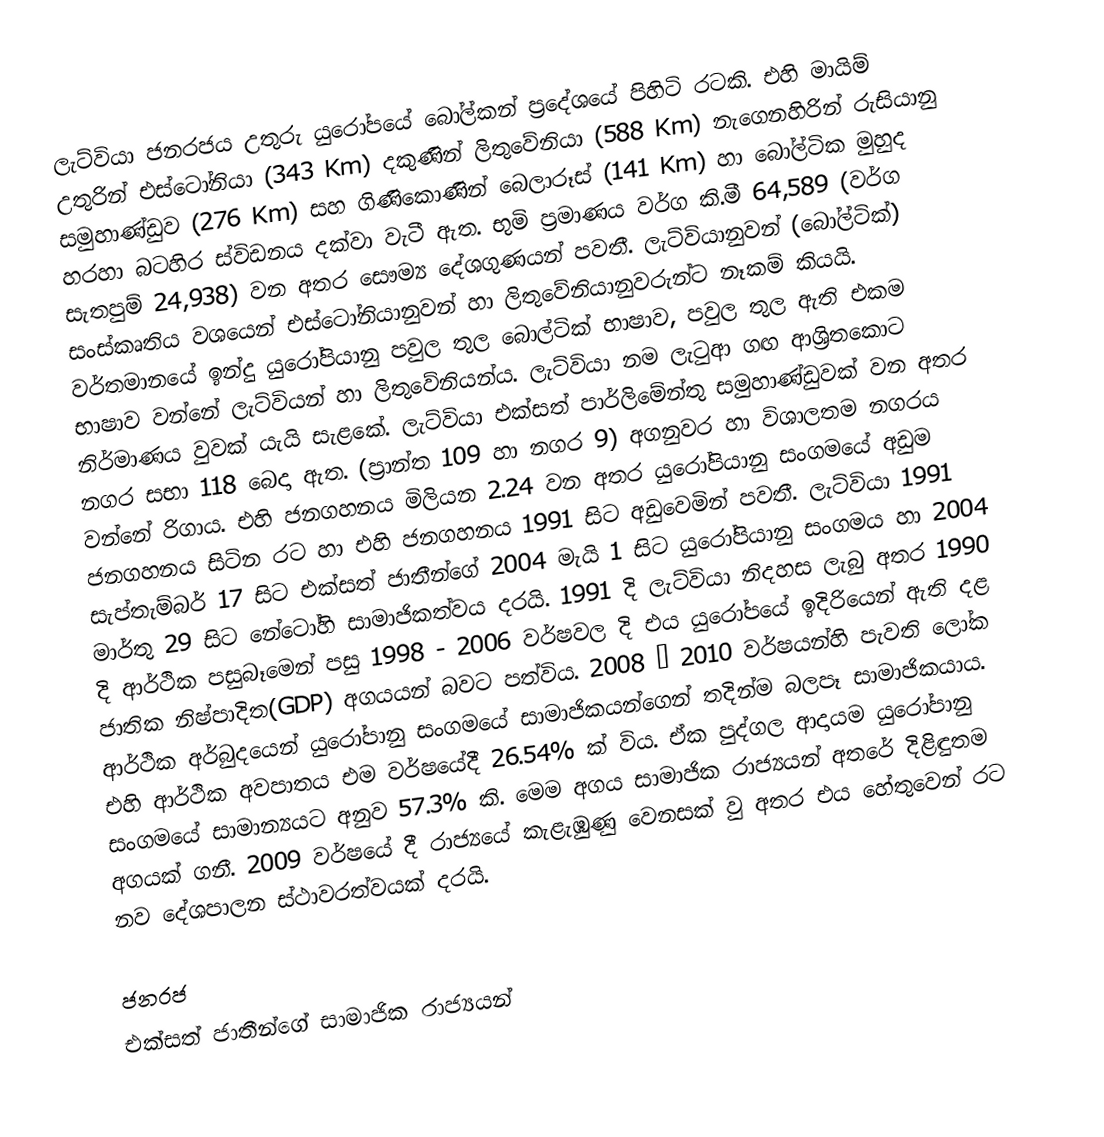
ලැට්වියා ජනරජය උතුරු යු‍රෝපයේ බෝල්කන් ප්‍රදේශයේ පිහිටි රටකි. එහි මායිම් උතුරින් එස්ටෝනියා (343 Km) දකුණින් ලිතුවේනියා (588 Km) නැගෙනහිරින් රුසියානු සමුහාණ්ඩුව (276 Km) සහ ගිණිකොණින් බෙලාරූස් (141 Km) හා බෝල්ටික මුහුද හරහා බටහිර ස්විඩනය දක්වා වැටී ඇත. භුමි ප්‍රමාණය වර්ග කි.මී 64,589 (වර්ග සැතපුම් 24,938) වන අතර සෞම්‍ය දේශගුණයන් පවතී. ලැට්වියානුවන් (බෝල්ටික්) සංස්කෘතිය වශයෙන් එස්ටෝනියානුවන් හා ලිතුවේනියානුවරුන්ට නෑකම් කියයි. වර්තමානයේ ඉන්දු යුරෝපියානු පවුල තුල බොල්ටික් භාෂාව, පවුල තුල ඇති එකම භාෂාව වන්නේ ලැට්වියන් හා ලිතුවේනියන්ය. ලැට්වියා නම ලැටුආ ගඟ ආශ්‍රිත‍කොට නිර්මාණය වුවක් යැයි සැළකේ. ලැට්වියා එක්සත් පාර්ලිමේන්තු සමුහාණ්ඩුවක් වන අතර නගර සභා 118 බෙදා ඇත. (ප්‍රාන්ත 109 හා නගර 9) අගනුවර හා විශාලතම නගරය වන්නේ රිගාය. එහි ජනගහනය මිලියන 2.24 වන අතර යු‍රෝපියානු සංගමයේ අඩුම ජනගහනය සිටින රට හා එහි ජනගහනය 1991 සිට අඩුවෙමින් පවතී. ලැට්වියා 1991 සැප්තැම්බර් 17 සිට එක්සත් ජාතීන්ගේ 2004  මැයි 1 සිට යුරෝපියානු සංගමය හා 2004 මාර්තු 29 සිට නේටෝහි සාමාජිකත්වය දරයි. 1991 දි ලැට්වියා නිදහස ලැබු අතර 1990 දි ආර්ථික පසුබෑමෙන් පසු 1998 - 2006 වර්ෂවල දි එය යුරෝපයේ ඉදිරියෙන් ඇති දළ ජාතික නිෂ්පාදිත(GDP) අගයයන් බවට පත්විය. 2008 – 2010 වර්ෂයන්හි පැවති ලෝක ආර්ථික අර්බුදයෙන් යුරෝපානු සංගමයේ සාමාජිකයන්ගෙන් තදින්ම බලපෑ සාමාජිකයාය. එහි ආර්ථික අවපාතය එම වර්ෂයේදී 26.54% ක් විය. ඒක පුද්ගල ආදායම යුරෝපානු සංගමයේ සාමාන්‍යයට අනුව 57.3% කි. මෙම අගය සාමාජික රාජ්‍යයන් අතරේ දිළිඳුතම අගයක් ගනී. 2009 වර්ෂයේ දී රාජ්‍යයේ කැළැඹුණු වෙනසක් වු අතර එය හේතුවෙන් රට නව දේශපාලන ස්ථාවරත්වයක් දරයි.

ජනරජ
එක්සත් ජාතීන්ගේ සාමාජික රාජ්‍යයන්